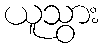
ယူသွား